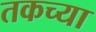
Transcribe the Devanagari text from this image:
तकच्या